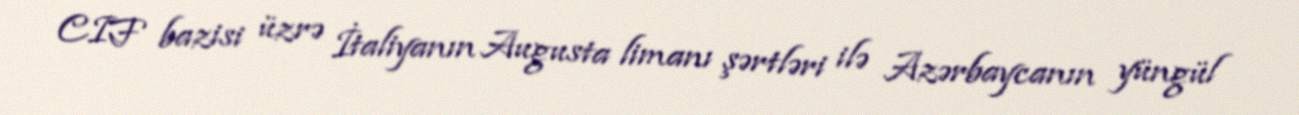
CIF bazisi üzrə İtaliyanın Augusta limanı şərtləri ilə Azərbaycanın yüngül